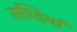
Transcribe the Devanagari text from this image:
मण्डियां